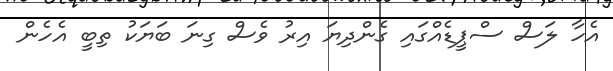
އެހާ ލަސް ސްޕީޑެއްގައި ގެންދިޔަ އިރު ވެސް ގިނަ ބަޔަކު ތިބީ އެހެން